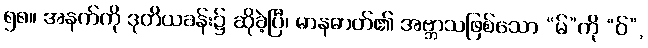
၅၈။ အနက်ကို ဒုတိယခန်း၌ ဆိုခဲ့ပြီ၊ မာနဓာတ်၏ အဗ္ဘာသဖြစ်သော “မ်”ကို “ဝ်”,